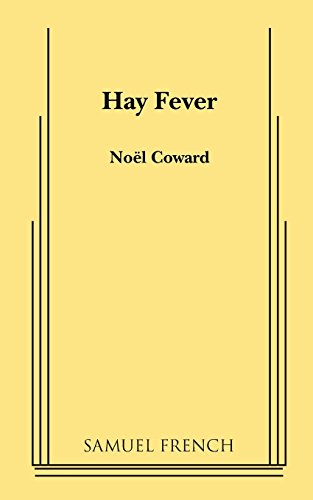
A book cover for Hay Fever: A Play in Three Acts; Noel Coward; Literature & Fiction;